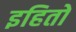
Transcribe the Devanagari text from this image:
इहितो